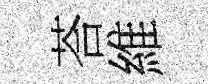
荅維